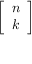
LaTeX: \left[ { \begin{array} { l } { n } \\ { k } \end{array} } \right]